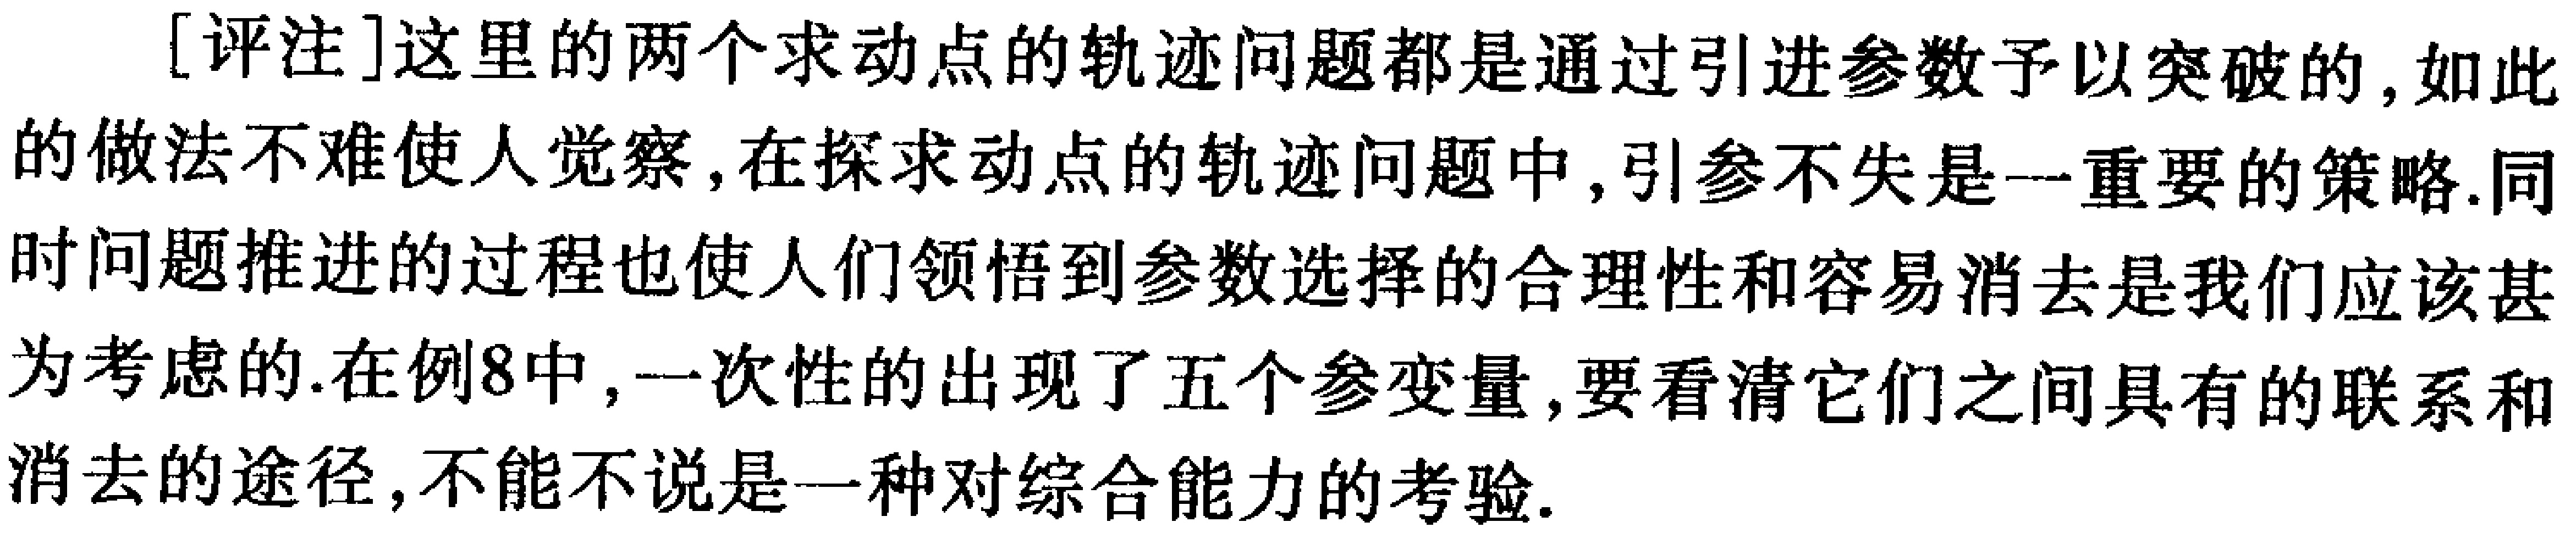
[评注]这里的两个求动点的轨迹问题都是通过引进参数予以突破的,如此的做法不难使人觉察,在探求动点的轨迹问题中,引参不失是一重要的策略.同时问题推进的过程也使人们领悟到参数选择的合理性和容易消去是我们应该甚为考虑的.在例8中,一次性的出现了五个参变量,要看清它们之间具有的联系和消去的途径,不能不说是一种对综合能力的考验.